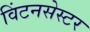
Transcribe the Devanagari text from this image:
विंटनसेस्टर